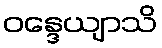
ဝန္ဒေယျာသိ